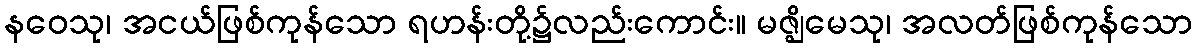
နဝေသု၊ အငယ်ဖြစ်ကုန်သော ရဟန်းတို့၌လည်းကောင်း။ မဇ္ဈိမေသု၊ အလတ်ဖြစ်ကုန်သော